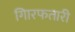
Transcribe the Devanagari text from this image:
गिारफतारी